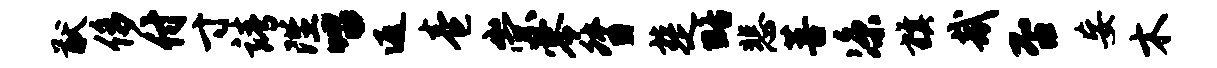
猷侈付寸靖陛唱返卷崇零督楚略悲菩凉旗哉否妄木